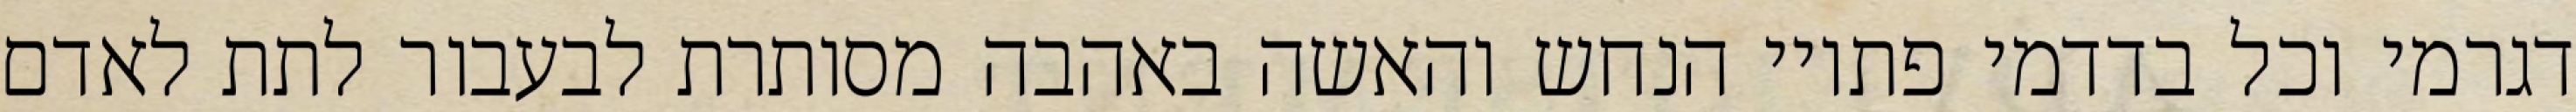
דגרמי וכל בדדמי פתויי הנחש והאשה באהבה מסותרת לבעבור לתת לאדם